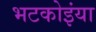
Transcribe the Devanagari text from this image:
भटकोइंया